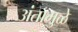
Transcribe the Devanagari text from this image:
अंतामुळे